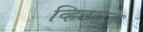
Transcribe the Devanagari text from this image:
व्हिटच्रच